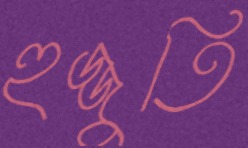
হুজ্জুতি